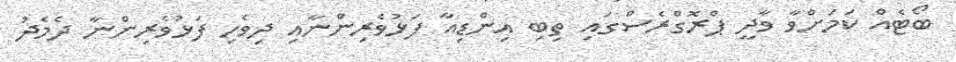
ބޯޓެއް ކަމަށްވާ ވާދީ ޕްރޮގްރެސްގައި ތިބި އިންޑިއާ ފަޅުވެރިންނާއި ދިވެހި ފަޅުވެރިންނާ ދެމެދު